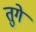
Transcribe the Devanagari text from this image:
तुगे